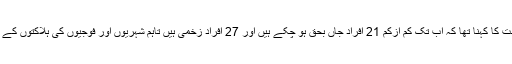
متحدہ حکومت کی وزارت صحت کا کہنا تھا کہ اب تک کم ازکم 21 افراد جاں بحق ہو چکے ہیں اور 27 افراد زخمی ہیں تاہم شہریوں اور فوجیوں کی ہلاکتوں کے حوالے سے واضح نہیں کیا گیا۔